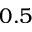
0 . 5